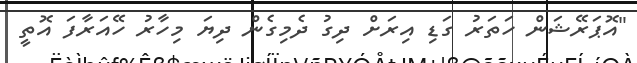
"އޮޕަރޭޝަން ހަތަރު ގަޑި އިރަށް ދިގު ދެމިގެން ދިޔަ މިހާރު ހޭއަރާފަ އޮތީ